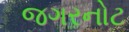
જગરનોટ